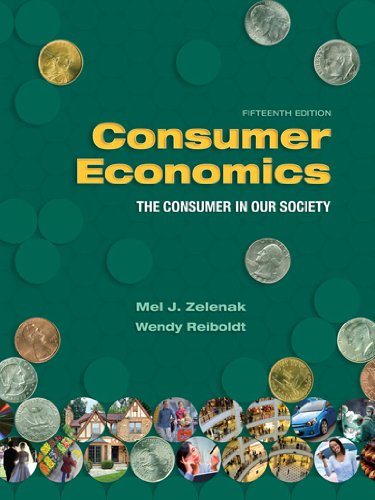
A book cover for Consumer Economics: The Consumer in Our Society; Mel J. Zelenak; Business & Money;